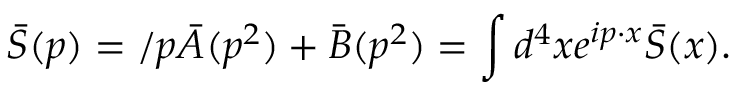
\bar { S } ( p ) = \slash p \bar { A } ( p ^ { 2 } ) + \bar { B } ( p ^ { 2 } ) = \int d ^ { 4 } x e ^ { i p \cdot x } \bar { S } ( x ) .